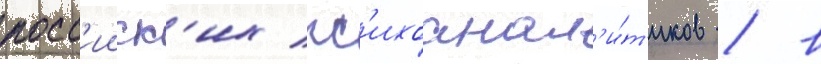
росс'ииск'их пс'ихоанал'и́т'иков / в